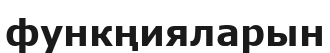
функңияларын